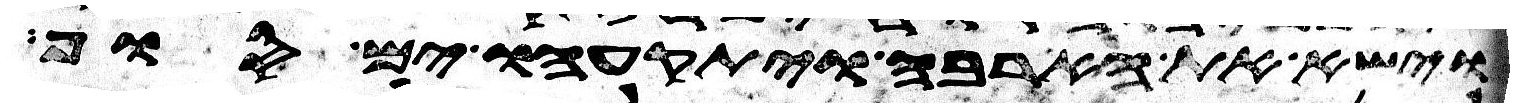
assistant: וישא את הארבה ויתקעהו ים סוף